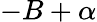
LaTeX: -B+\alpha